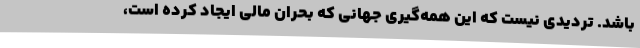
باشد. تردیدی نیست که این همه‌گیری جهانی که بحران مالی ایجاد کرده است،